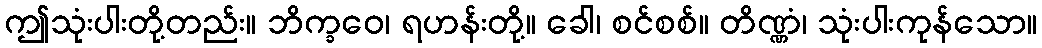
ဤသုံးပါးတို့တည်း။ ဘိက္ခဝေ၊ ရဟန်းတို့။ ခေါ၊ စင်စစ်။ တိဏ္ဏံ၊ သုံးပါးကုန်သော။